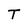
Character: T